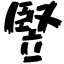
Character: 竪